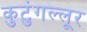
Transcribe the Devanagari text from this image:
कुटुंगल्लूर